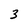
Character: 3